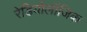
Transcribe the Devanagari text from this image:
रेडियोलॉजिक